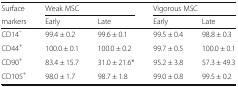
| Surface | <COLSPAN=2> Weak MSC | <COLSPAN=2> Vigorous MSC |
 | markers | Early | Late | Early | Late |
 | --- | --- | --- | --- | --- |
 | CD14– | 99.4 ± 0.2 | 99.6 ± 0.1 | 99.5 ± 0.4 | 98.8 ± 0.3 |
 | CD44+ | 100.0 ± 0.1 | 100.0 ± 0.2 | 99.7 ± 0.5 | 100.0 ± 0.1 |
 | CD90+ | 83.4 ± 15.7 | 31.0 ± 21.6* | 95.2 ± 3.8 | 57.3 ± 49.3 |
 | CD105+ | 98.0 ± 1.7 | 98.7 ± 1.8 | 99.0 ± 0.8 | 99.5 ± 0.2 |